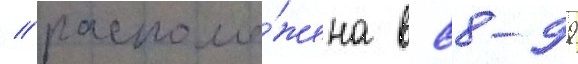
/ располо́жена в 88-99